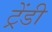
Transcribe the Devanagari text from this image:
ट्रेंडी